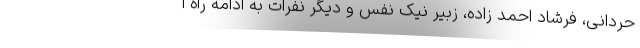
حردانی، فرشاد احمد زاده، زبیر نیک نفس و دیگر نفرات به ادامه راه ا